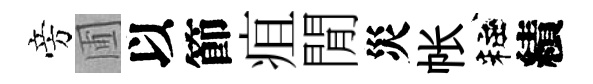
旁圃以節疽閒災帐粧績